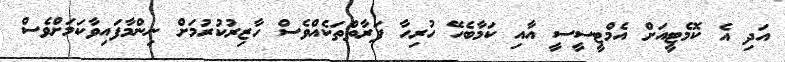
އަދި އެ ކޮމެޓީއަށް އެމްޓީސީސީ އާއި ކަމާބެހޭ ހުރިހާ ފަރާތްތަކެއްވެސް ހާޒިރުކުރުމަށް ނިންމާފައިވާކަމަށްވެސް